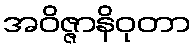
အဝိဇ္ဇာနိဝုတာ